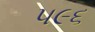
૫૯૬